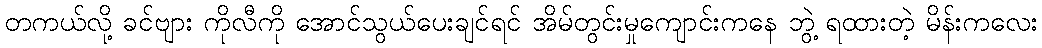
တကယ်လို့ ခင်ဗျား ကိုလီကို အောင်သွယ်ပေးချင်ရင် အိမ်တွင်းမှုကျောင်းကနေ ဘွဲ့ ရထားတဲ့ မိန်းကလေး